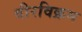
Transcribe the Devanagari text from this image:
वीरविक्रम